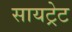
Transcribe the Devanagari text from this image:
सायट्रेट